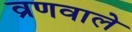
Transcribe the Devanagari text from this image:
व्रणवाले